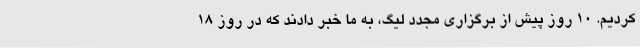
کردیم. 10 روز پیش از برگزاری مجدد لیگ، به ما خبر دادند که در روز 18